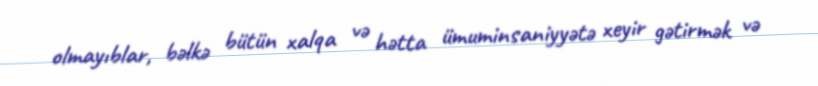
olmayıblar, bəlkə bütün xalqa və hətta ümuminsaniyyətə xeyir gətirmək və